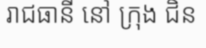
រាជធានី នៅ ក្រុង ជិន